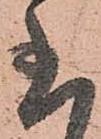
至